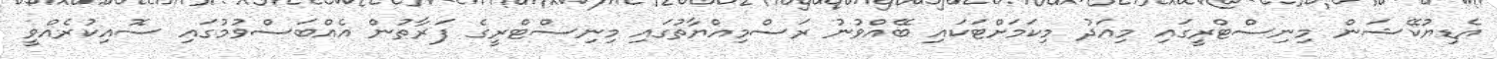
އެޑިޔުކޭޝަން މިނިސްޓްރީގައި މިއަދު މިކަމަށްޓަކައި ބޭއްވުނު ރަސްމިއްޔާތުގައި މިނިސްޓްރީގެ ފަރާތުން އެއްބަސްވުމުގައި ސޮއިކުރެއްވީ